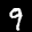
Label: 9